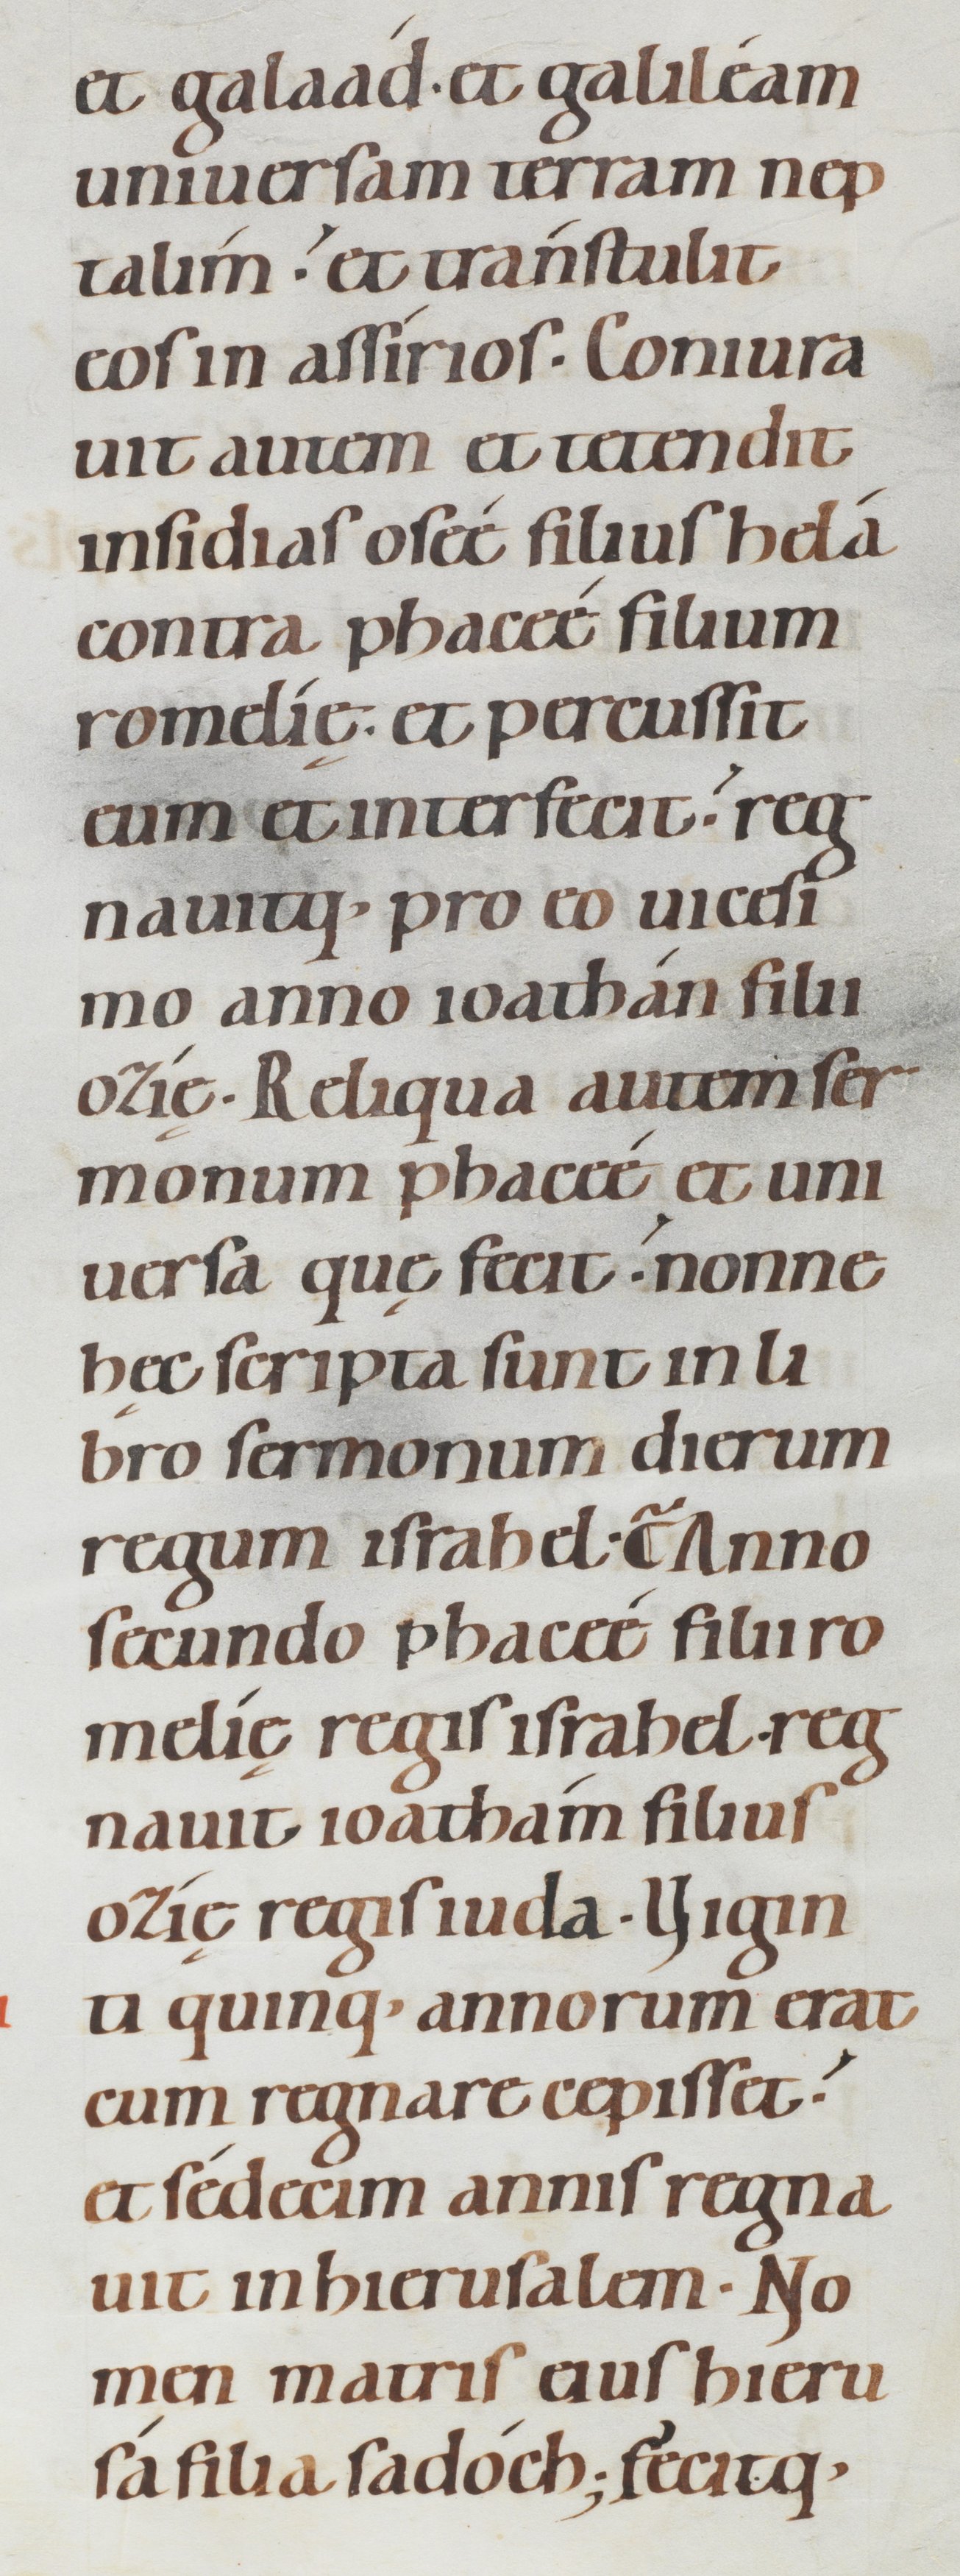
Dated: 1080–1096